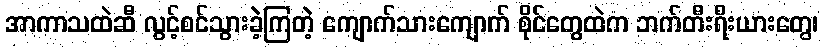
အာကာသထဲဆီ လွင့်စင်သွားခဲ့ကြတဲ့ ကျောက်သားကျောက် စိုင်တွေထဲက ဘက်တီးရီးယားတွေ၊